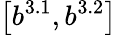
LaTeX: \left[b^{3.1},b^{3.2}\right]